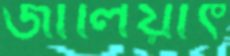
জালিয়াৎ